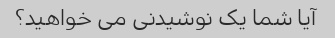
آیا شما یک نوشیدنی می خواهید؟